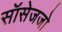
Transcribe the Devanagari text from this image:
सॉसेजजो